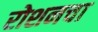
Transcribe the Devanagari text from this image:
रोशनचा